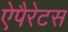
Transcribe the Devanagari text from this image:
ऐपैरेटस